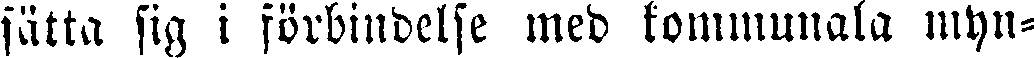
sätta sig i förbindelse med kommunala myn-